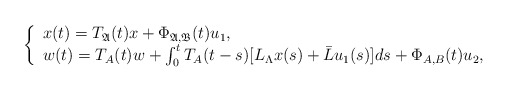
\begin{align*} \left\{ \begin{array}{ll} x(t)=T_{\mathfrak{A}}(t)x+\Phi_{\mathfrak{A},\mathfrak{B}}(t)u_1, & \hbox{} \\ w(t)=T_A(t)w+\int_0^tT_A(t-s)[L_\Lambda x(s)+\bar{L}u_1(s)]ds+\Phi_{A,B}(t)u_2, & \hbox{} \end{array} \right.\end{align*}